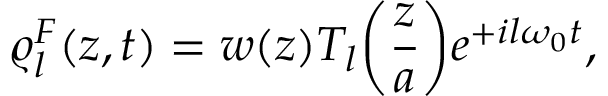
\varrho _ { l } ^ { F } ( z , t ) = w ( z ) T _ { l } \bigg ( \frac { z } { a } \bigg ) e ^ { + i l \omega _ { 0 } t } ,